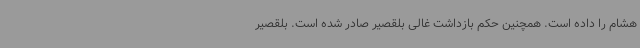
هشام را داده است. همچنین حکم بازداشت غالی بلقصیر صادر شده است. بلقصیر